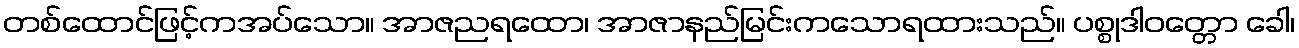
တစ်ထောင်ဖြင့်ကအပ်သော။ အာဇညရထော၊ အာဇာနည်မြင်းကသောရထားသည်။ ပစ္စုဒါဝတ္တော ခေါ၊